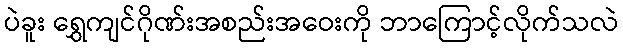
ပဲခူး ရွှေကျင်ဂိုဏ်းအစည်းအဝေးကို ဘာကြောင့်လိုက်သလဲ